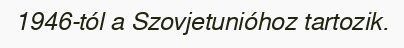
1946-tól a Szovjetunióhoz tartozik.